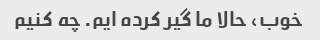
خوب، حالا ما گیر کرده ایم. چه کنیم